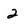
Character: 2